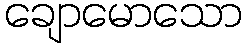
ချောမောသော